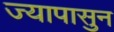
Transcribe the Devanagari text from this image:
ज्यापासुन